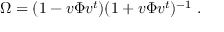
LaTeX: \Omega = ( 1 - v \Phi v ^ { t } ) ( 1 + v \Phi v ^ { t } ) ^ { - 1 } \ .